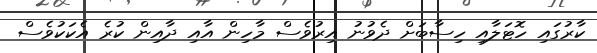
ކާރުގައި ހޮޓަލާއި ހިސާބަށް ދެވުނު އިރުވެސް މާހިން އާއި ދާއިން ކުރެ އެކަކުވެސް